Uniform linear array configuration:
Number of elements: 24
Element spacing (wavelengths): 0.75
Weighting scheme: hann
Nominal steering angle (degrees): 15
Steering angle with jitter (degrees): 14.897
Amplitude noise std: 0.05
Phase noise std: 0.05

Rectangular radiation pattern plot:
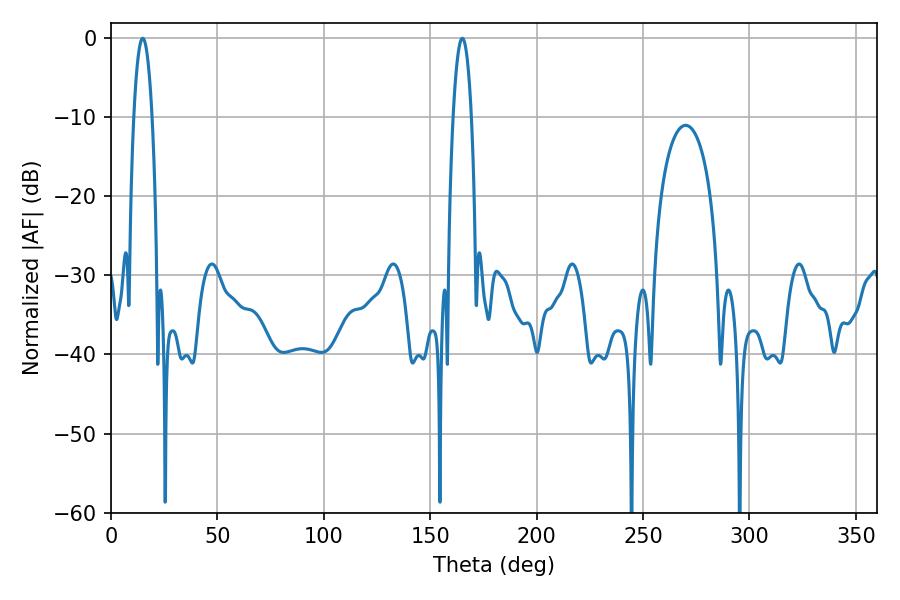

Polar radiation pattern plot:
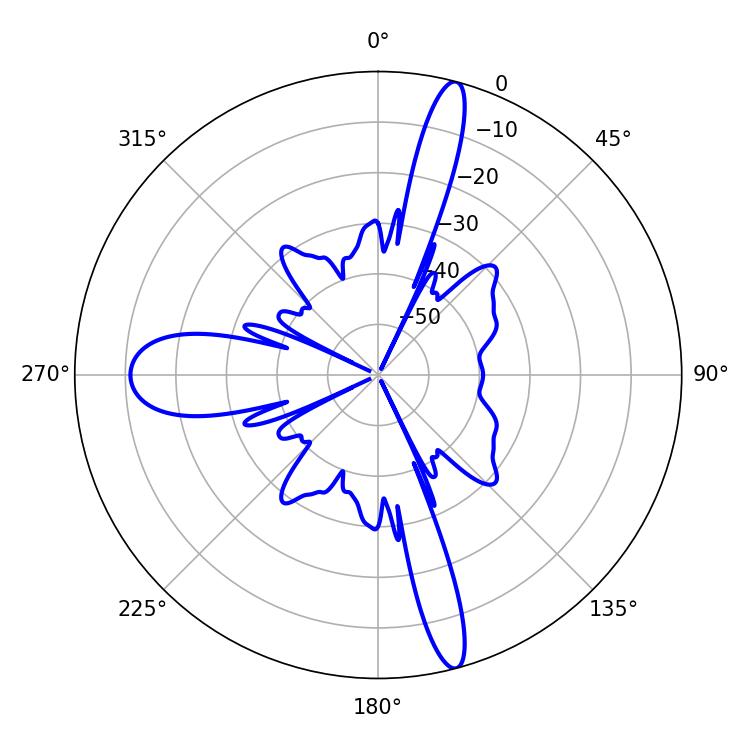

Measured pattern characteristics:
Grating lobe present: TRUE
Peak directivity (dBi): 18.831
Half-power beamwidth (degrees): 4.68
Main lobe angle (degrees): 14.94